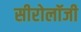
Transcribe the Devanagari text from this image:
सीरोलॉजी